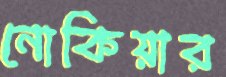
নোকিয়ার